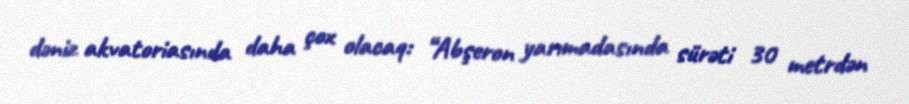
dəniz akvatoriasında daha çox olacaq: “Abşeron yarımadasında sürəti 30 metrdən